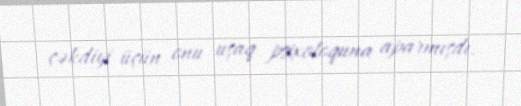
çəkdiyi üçün onu uşaq psixoloquna aparmışdı.